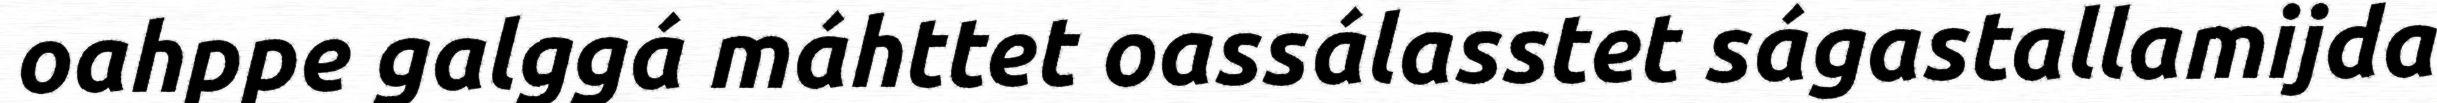
oahppe galggá máhttet oassálasstet ságastallamijda